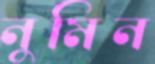
নুমিন